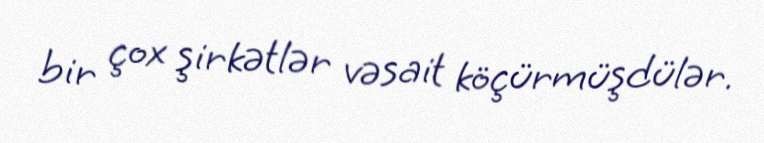
bir çox şirkətlər vəsait köçürmüşdülər.